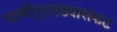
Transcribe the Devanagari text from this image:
पाणीपुरवठ्यासकट